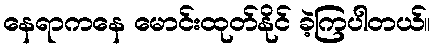
နေရာကနေ မောင်းထုတ်နိုင် ခဲ့ကြပါတယ်။